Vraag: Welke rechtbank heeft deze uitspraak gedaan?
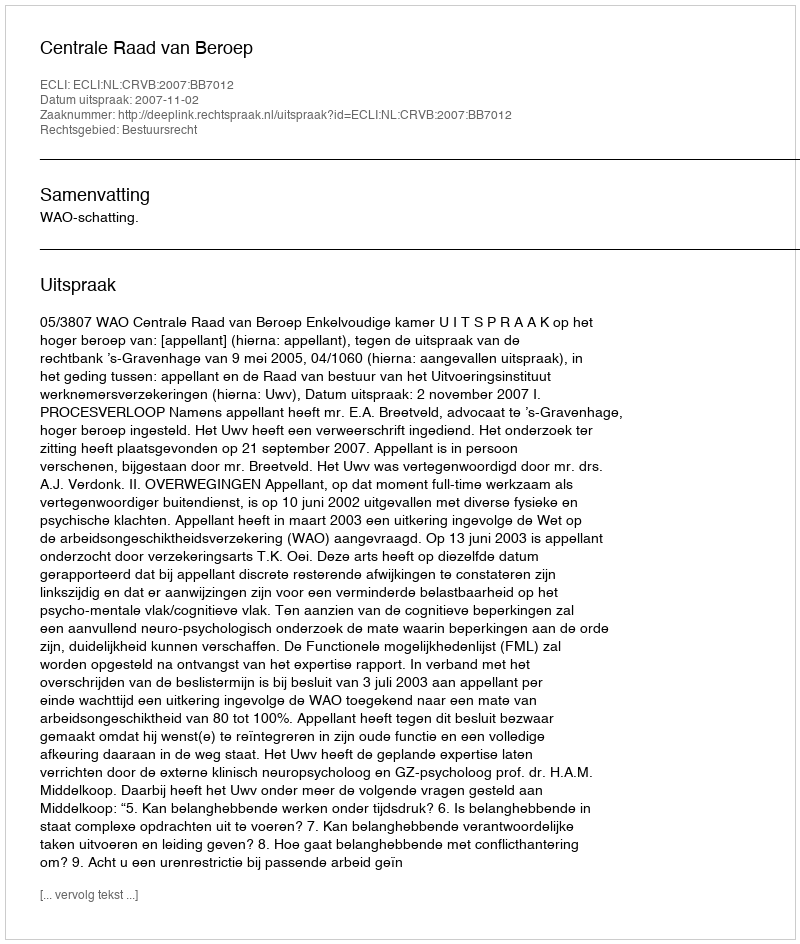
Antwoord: Centrale Raad van Beroep